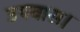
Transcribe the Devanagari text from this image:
उपवास।